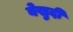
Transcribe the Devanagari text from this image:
बेखुदी